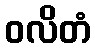
ဝလိတံ